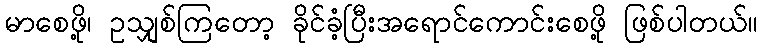
မာစေဖို့၊ ဥသျှစ်ကြတော့ ခိုင်ခံ့ပြီးအရောင်ကောင်းစေဖို့ ဖြစ်ပါတယ်။